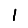
Digit: 1